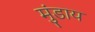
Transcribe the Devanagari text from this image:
मुंडाय